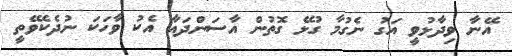
އޭނާ ވިދާޅުވީ އަގު ނެގުމާ ގުޅޭ ގޮތުން އާސަންދައާ އެކު ވާހަކަ ނުދެކެވޭތީ